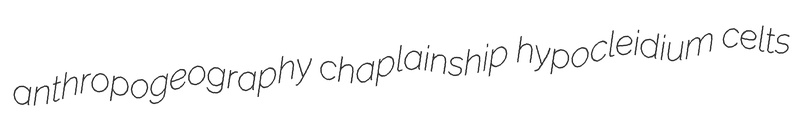
anthropogeography chaplainship hypocleidium celts